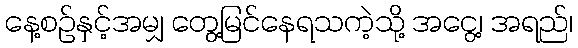
နေ့စဉ်နှင့်အမျှ တွေ့မြင်နေရသကဲ့သို့ အငွေ့၊ အရည်၊